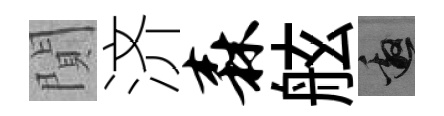
閴济森舷邀